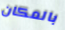
بالمكان